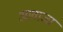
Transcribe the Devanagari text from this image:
आवाजा